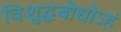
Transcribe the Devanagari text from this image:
विशुद्धबोधोऽहं